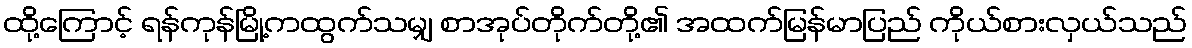
ထို့ကြောင့် ရန်ကုန်မြို့ကထွက်သမျှ စာအုပ်တိုက်တို့၏ အထက်မြန်မာပြည် ကိုယ်စားလှယ်သည်